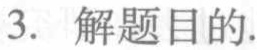
3. 解题目的.